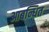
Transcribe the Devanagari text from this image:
आबन्धित